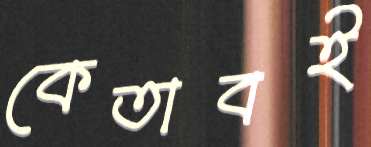
কেতাবই